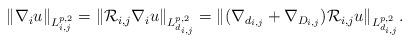
LaTeX: \begin{align*}\begin{aligned} \|\nabla_iu\|_{L^{p,2}_{i,j}}=\|\mathcal{R}_{i,j}\nabla_iu\|_{L^{p,2}_{d_{i,j}}}=\|(\nabla_{d_{i,j}}+\nabla_{D_{i,j}})\mathcal{R}_{i,j}u\|_{L^{p,2}_{d_{i,j}}}.\end{aligned}\end{align*}